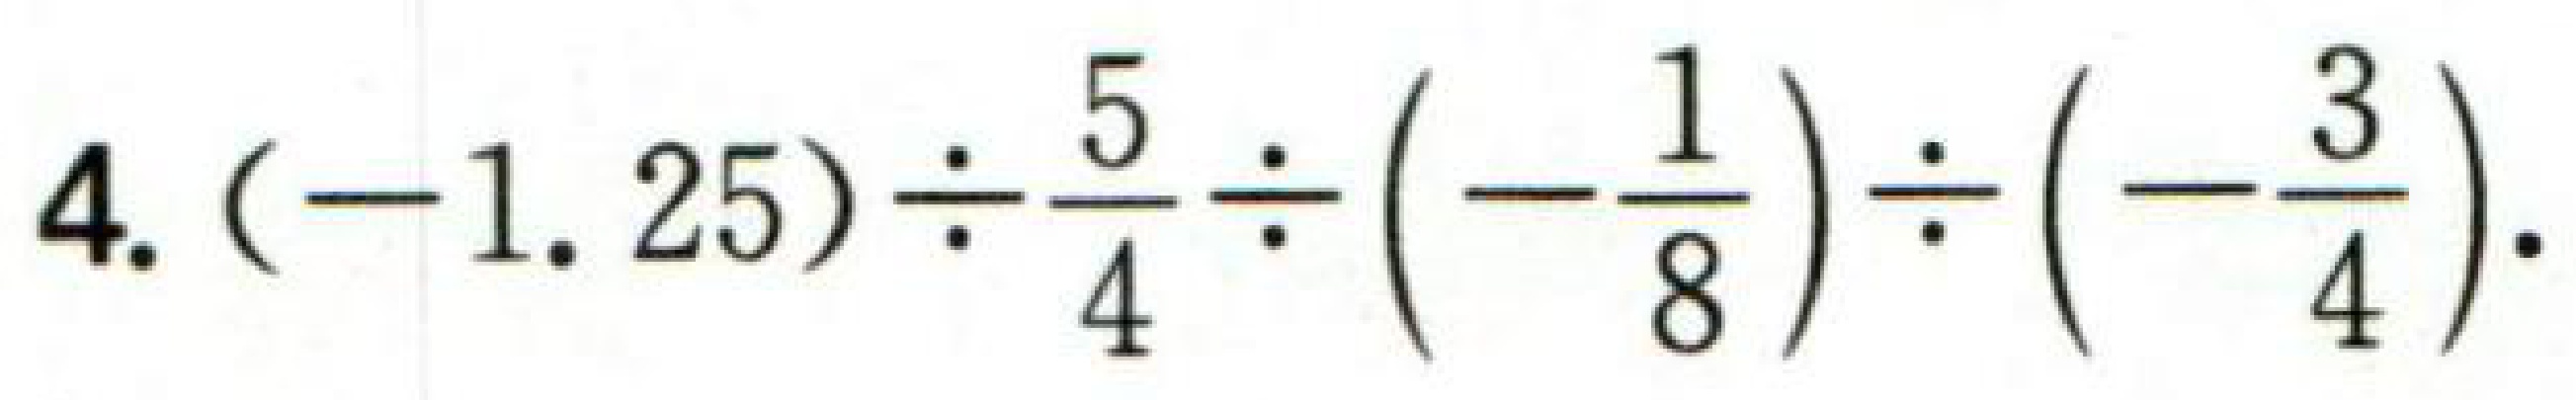
4. \((-1.25)\div\frac{5}{4}\div\left(-\frac{1}{8}\right)\div\left(-\frac{3}{4}\right)\).